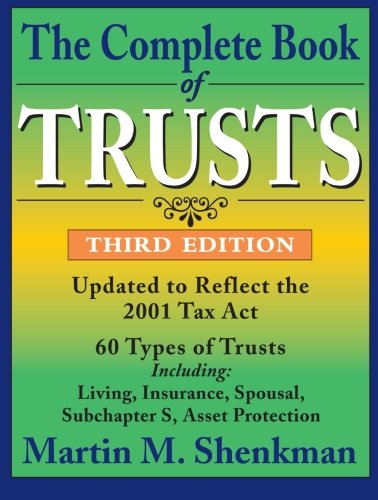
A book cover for The Complete Book of Trusts, 3rd Edition; Martin M. Shenkman; Law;